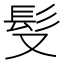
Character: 䯭